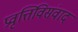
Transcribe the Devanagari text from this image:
प्रवृत्तिविसंवाद